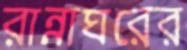
রান্নাঘরের